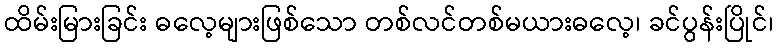
ထိမ်းမြားခြင်း ဓလေ့များဖြစ်သော တစ်လင်တစ်မယားဓလေ့၊ ခင်ပွန်းပြိုင်၊